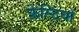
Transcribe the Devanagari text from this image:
क्रेस्टियों